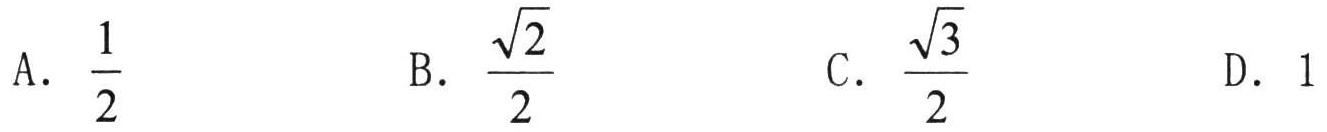
A. $\frac{1}{2}$  B. $\frac{\sqrt{2}}{2}$  C. $\frac{\sqrt{3}}{2}$  D. $1$